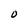
Character: O